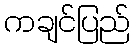
ကချင်ပြည်